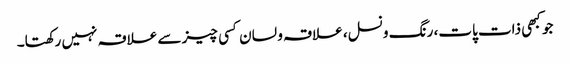
جو کبھی ذات پات، رنگ ونسل، علاقہ و لسان کسی چیز سے علاقہ نہیں رکھتا۔